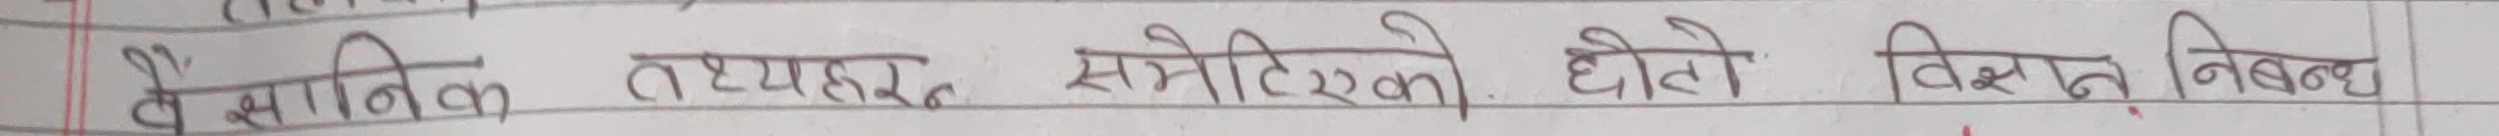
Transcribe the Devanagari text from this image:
वैज्ञानिक तथ्यहरू समेटिएको, छोटो विस्तृत निबन्ध